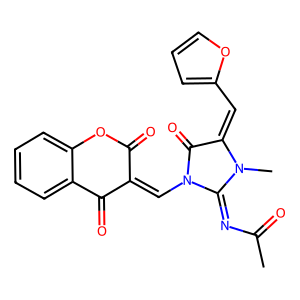
SMILES: CC(=O)N=C1N(C)C(=Cc2ccco2)C(=O)N1C=C1C(=O)Oc2ccccc2C1=O
Inhibits HIV replication: No